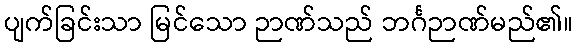
ပျက်ခြင်းသာ မြင်သော ဉာဏ်သည် ဘင်္ဂဉာဏ်မည်၏။